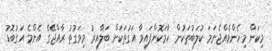
މިކަން މިހެންވެއްޖެނަމަ ކުލަބުތަކުން ހާމަކޮށްފައިވާ އަގުތަކަށް ބަލާއިރު މިވަގުތު ރާއްޖޭގެ އެންމެ އަގުބޮޑު